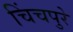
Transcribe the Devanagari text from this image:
चिंचपुरे